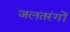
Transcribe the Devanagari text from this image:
जलतरंगों